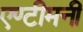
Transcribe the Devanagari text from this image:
एण्टीमनी